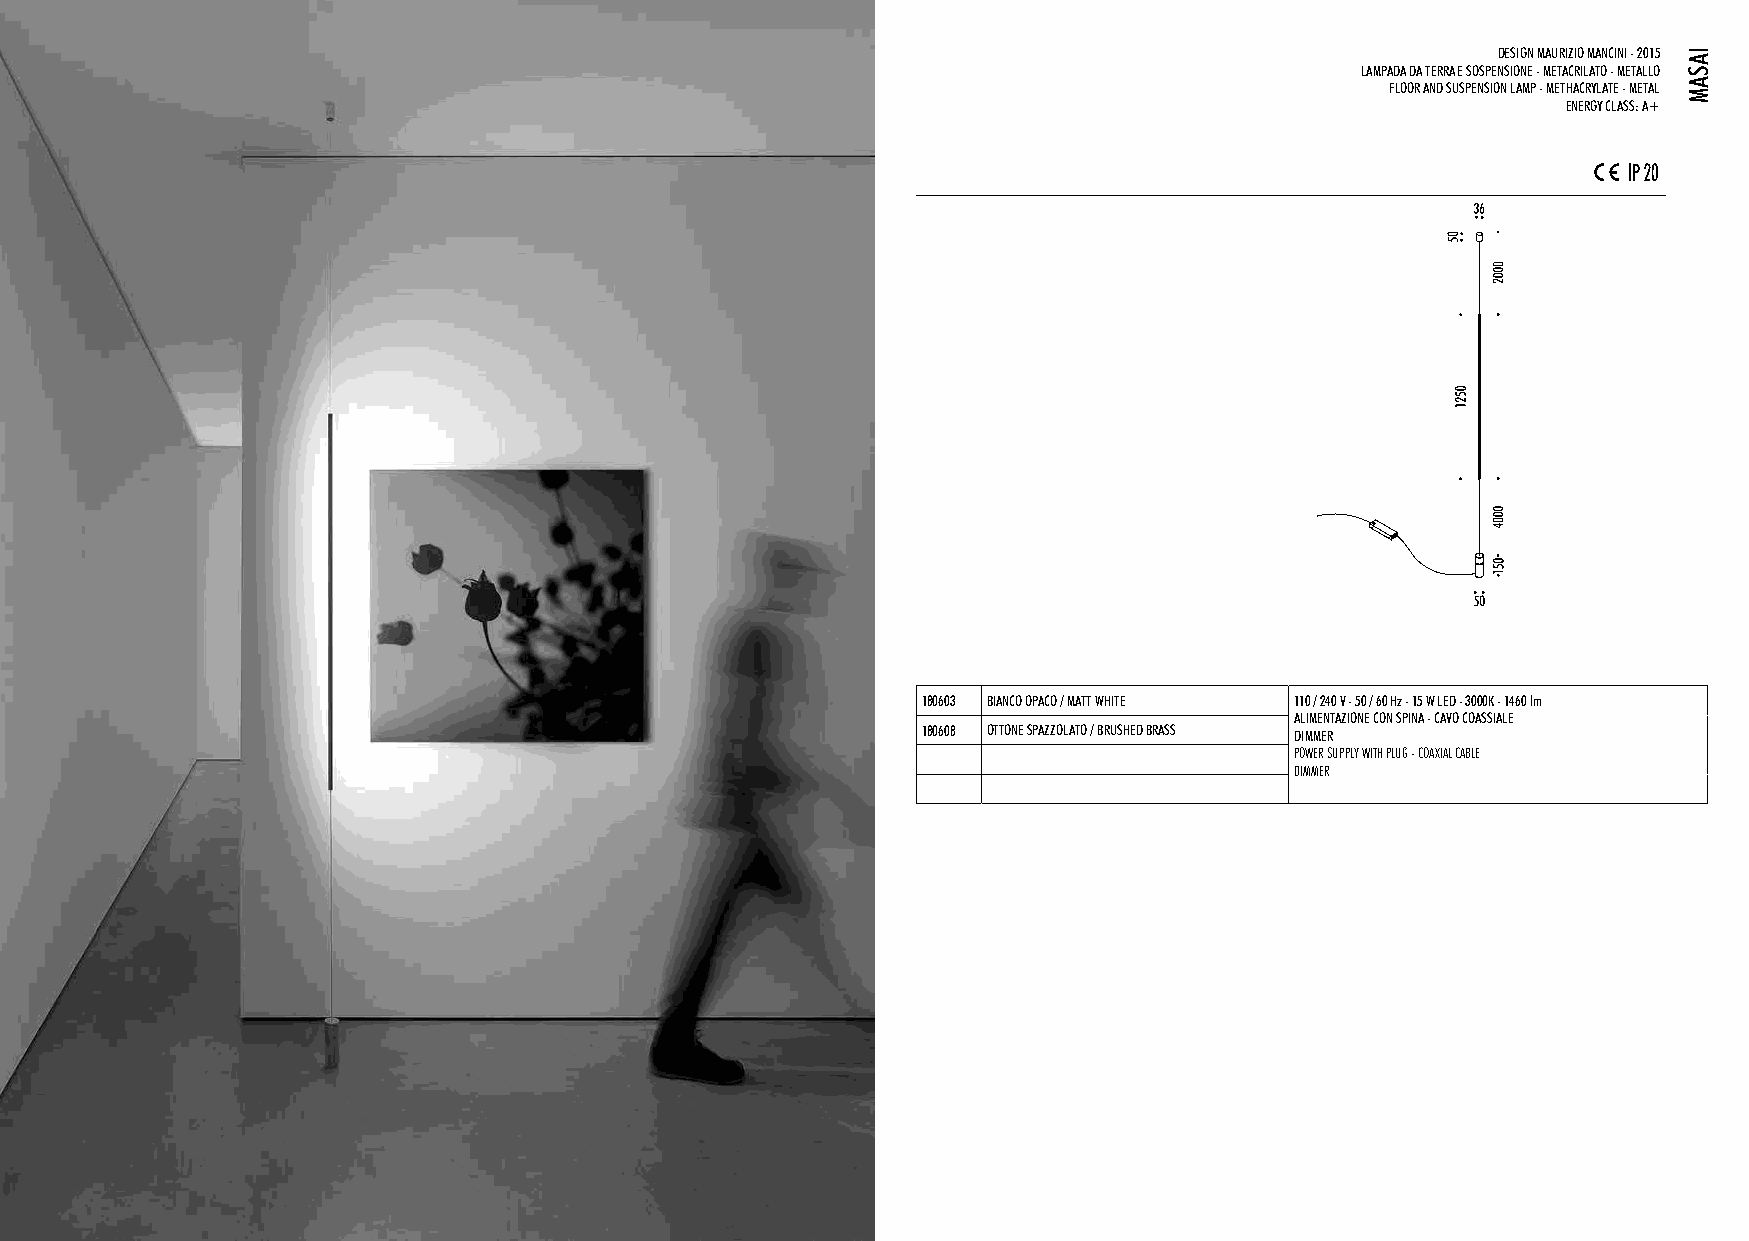
DESIGN MAURIZIO MANCINI - 2015
 LAMPADA DA TERRA E SOSPENSIONE - METACRILATO - METALLO
 FLOOR AND SUSPENSION LAMP - METHACRYLATE - METAL
 ENERGY CLASS: A+
 180603 BIANCO OPACO / MATT WHITE 110 / 240 V - 50 / 60 Hz - 15 W LED - 3000K - 1460 lm
 ALIMENTAZIONE CON SPINA - CAVO COASSIALE
 180608 OTTONE SPAZZOLATO / BRUSHED BRASS DIMMER
 POWER SUPPLY WITH PLUG - COAXIAL CABLE
 DIMMER
 IASAM